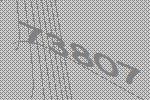
73807